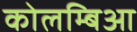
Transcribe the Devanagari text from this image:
कोलम्बिआ